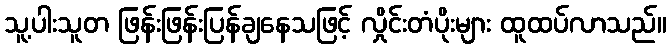
သူ့ပါးသူတ ဖြန်းဖြန်းပြန်ချနေသဖြင့် လှိုင်းတံပိုးများ ထူထပ်လာသည်။